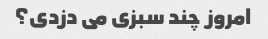
امروز چند سبزی می دزدی؟